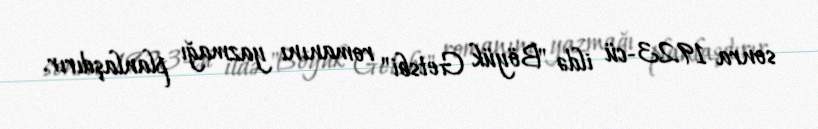
sonra 1923-cü ildə "Böyük Getsbi" romanını yazmağı planlaşdırır.